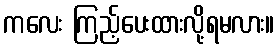
ကလေး ကြည့်ပေးထားလို့ရမလား။